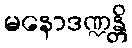
မနောဒဏ္ဍန္တိ